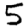
Digit: 5